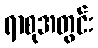
ရာစုအတွင်း